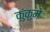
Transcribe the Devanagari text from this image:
कुंकुमे